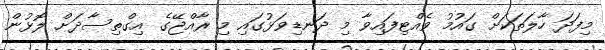
މިފަދަ ހާލަތަކަށް ގައުމު ވެއްޓިފައިވާ މި ދަނޑިވަޅުގައި މި ރާއްޖޭގެ އިގްތިސާދަށް ލޮޅުން